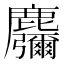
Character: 𱋂